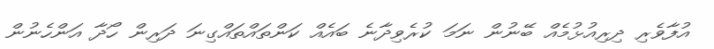
އުފާވެރި ދިރިއުޅުމެއް ބޭނުން ނަމަ ކުރެވިދާނެ ބައެއް ކަންތައްތައްގިނަ ދަރިން ހޯދާ އަންހެނުން